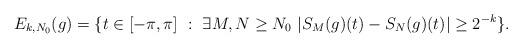
LaTeX: \begin{align*}E_{k, N_0}(g) = \{t \in [-\pi, \pi]\ :\ \exists M, N \geq N_0\ |S_M(g)(t) - S_N(g)(t)| \geq 2^{-k}\}.\end{align*}